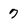
Character: 7